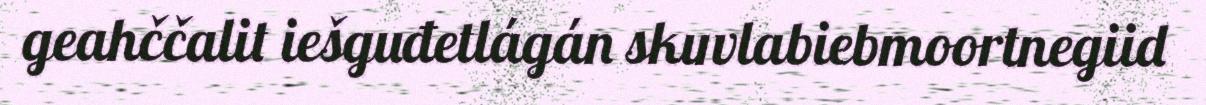
geahččalit iešguđetlágán skuvlabiebmoortnegiid